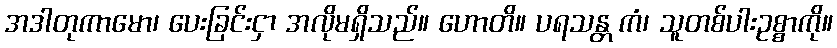
အဒါတုကာမော၊ ပေးခြင်းငှာ အလိုမရှိသည်။ ဟောတိ။ ပရသန္တ ကံ၊ သူတစ်ပါးဥစ္စာကို။